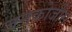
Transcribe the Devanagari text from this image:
जनकोजीस